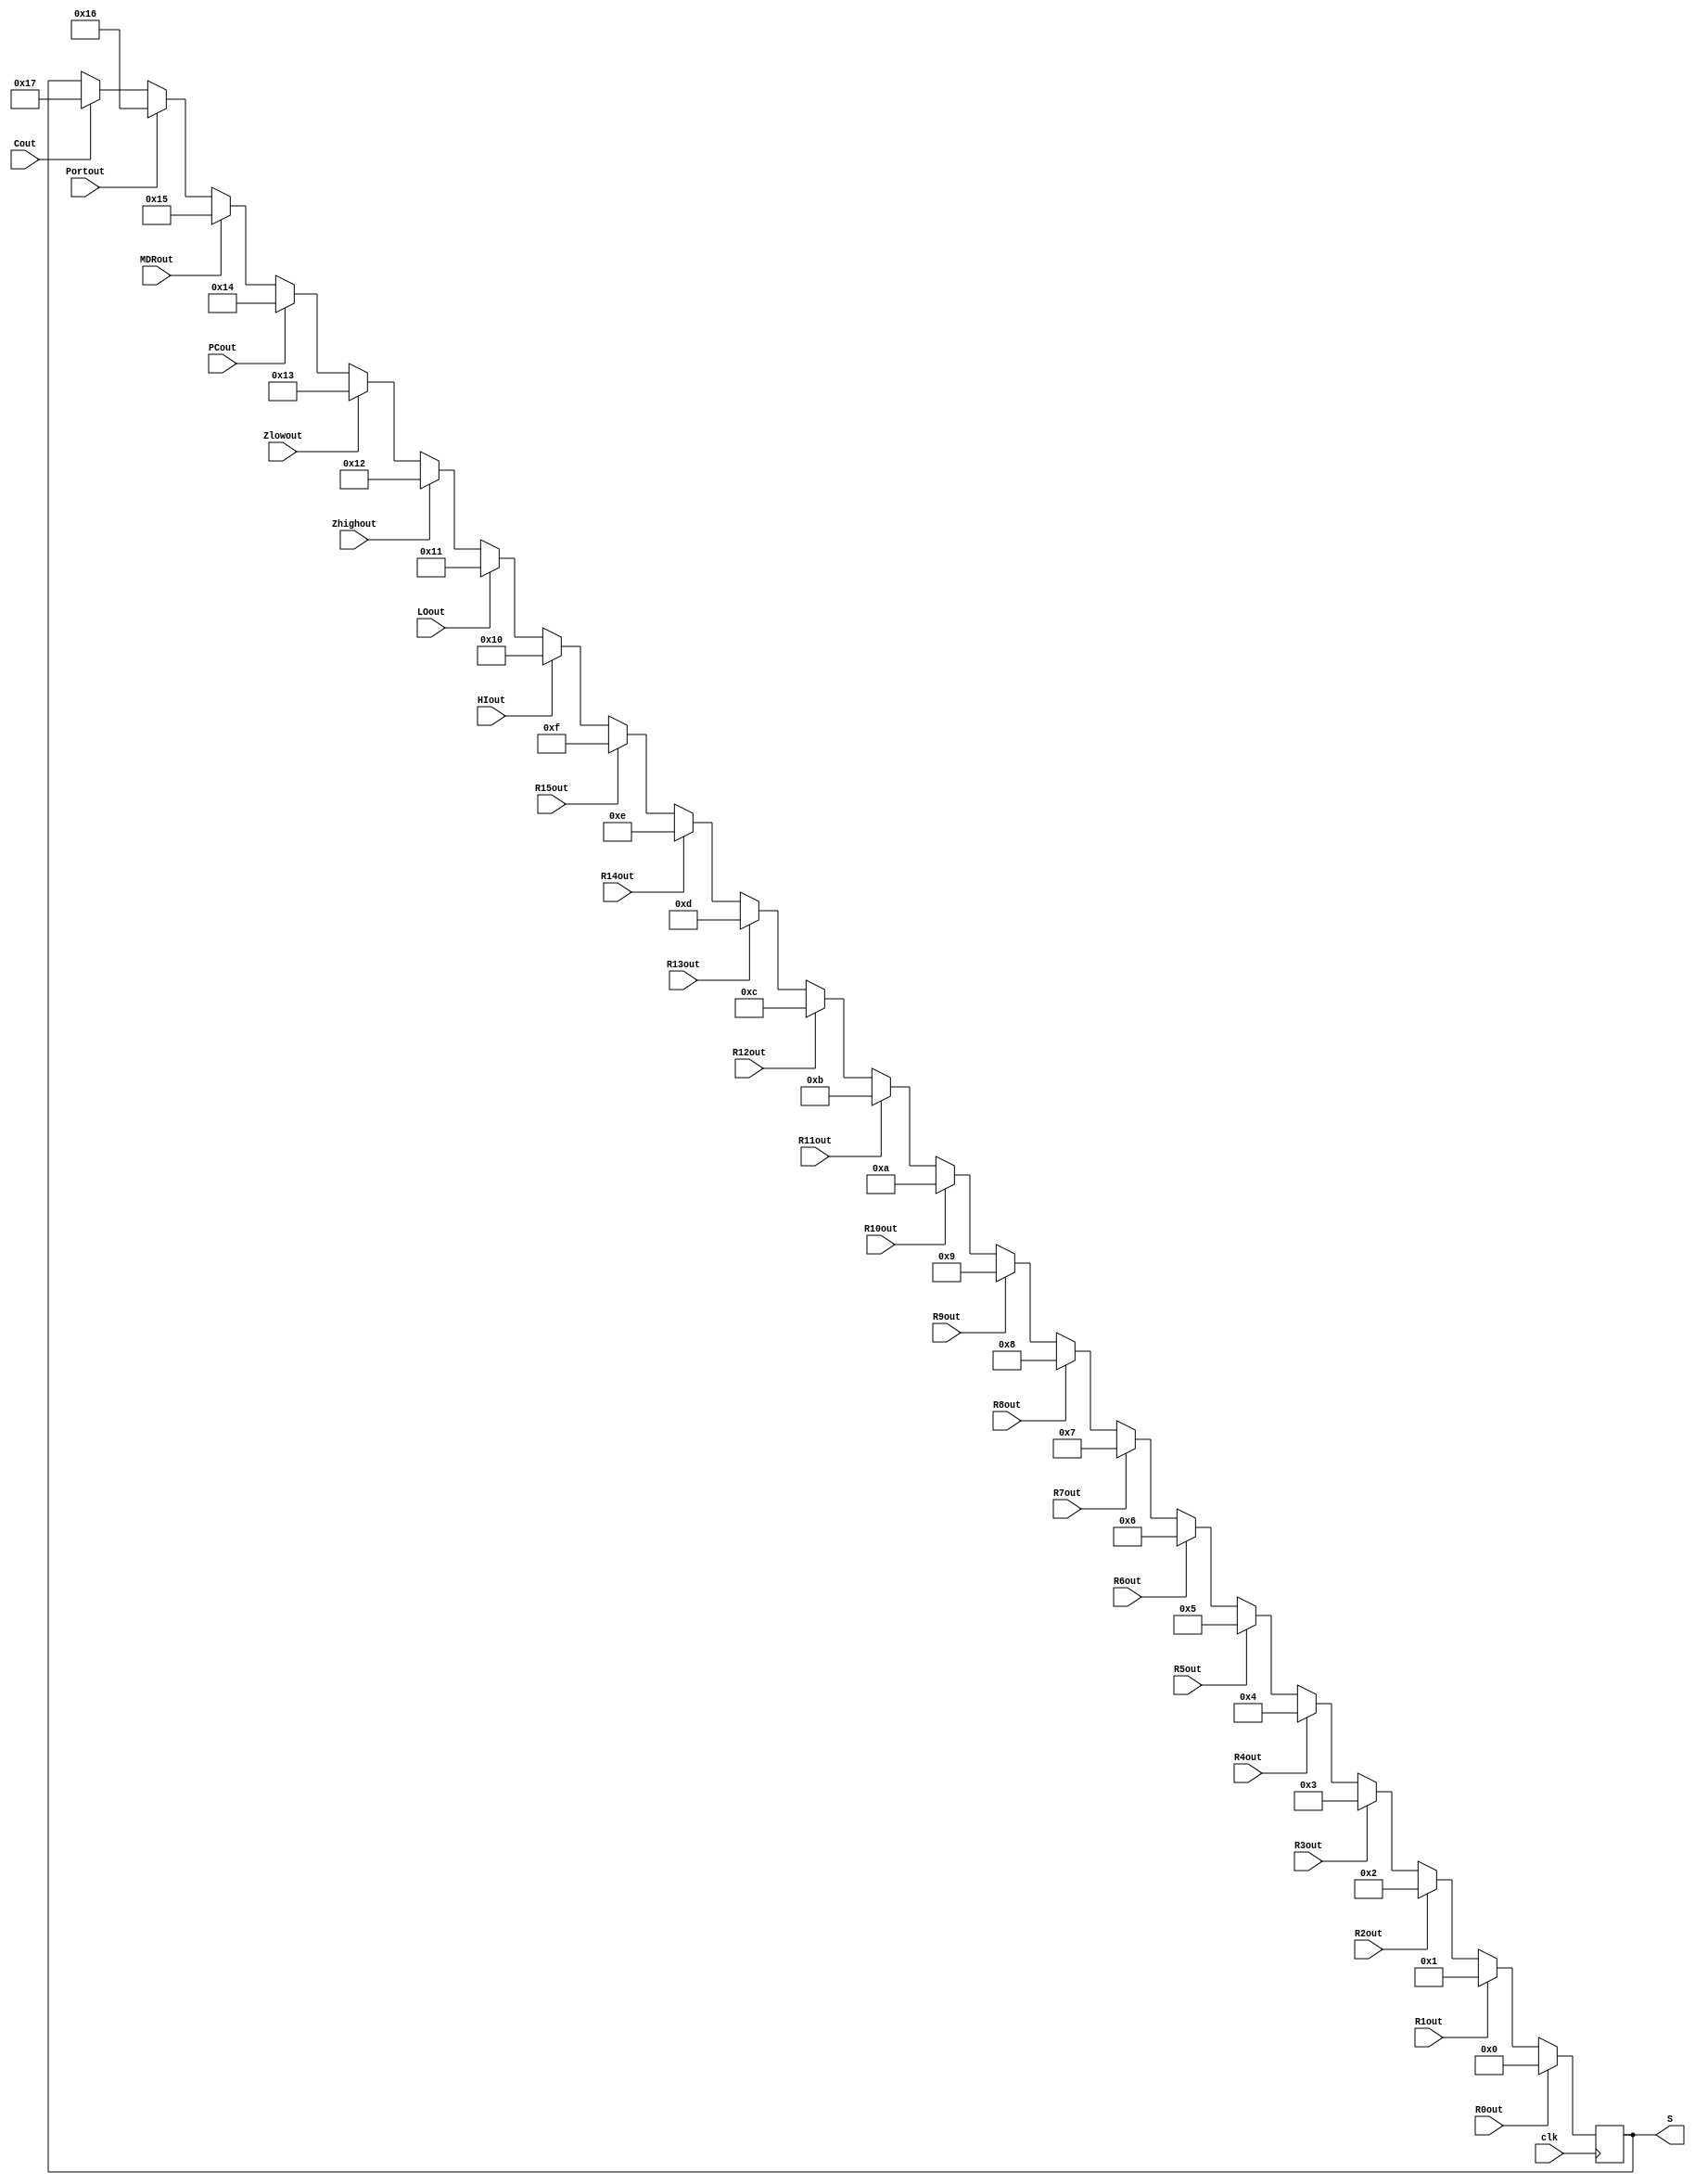
module encoder32_5(
	input R0out, R1out, R2out, R3out, R4out, R5out,
					R6out, R7out, R8out, R9out, R10out,
					R11out, R12out, R13out, R14out, R15out,
					HIout, LOout, Zhighout, Zlowout, PCout,
					MDRout, Portout, Cout, clk,
	output reg[4:0] S);

always @(posedge clk)
begin
	if(R0out==1'b1) begin
		S <= 5'b00000;
	end else if(R1out==1'b1) begin
		S <= 5'b00001;
	end else if(R2out==1'b1) begin
		S <= 5'b00010;
	end else if(R3out==1'b1) begin
		S <= 5'b00011;
	end else if(R4out==1'b1) begin
		S <= 5'b00100;
	end else if(R5out==1'b1) begin
		S <= 5'b00101;
	end else if(R6out==1'b1) begin
		S <= 5'b00110;
	end else if(R7out==1'b1) begin
		S <= 5'b00111;
	end else if(R8out==1'b1) begin
		S <= 5'b01000;
	end else if(R9out==1'b1) begin
		S <= 5'b01001;
	end else if(R10out==1'b1) begin
		S <= 5'b01010;
	end else if(R11out==1'b1) begin
		S <= 5'b01011;
	end else if(R12out==1'b1) begin
		S <= 5'b01100;
	end else if(R13out==1'b1) begin
		S <= 5'b01101;
	end else if(R14out==1'b1) begin
		S <= 5'b01110;
	end else if(R15out==1'b1) begin
		S <= 5'b01111;
	end else if(HIout==1'b1) begin
		S <= 5'b10000;
	end else if(LOout==1'b1) begin
		S <= 5'b10001;
	end else if(Zhighout==1'b1) begin
		S <= 5'b10010;
	end else if(Zlowout==1'b1) begin
		S <= 5'b10011;
	end else if(PCout==1'b1) begin
		S <= 5'b10100;
	end else if(MDRout==1'b1) begin
		S <= 5'b10101;
	end else if(Portout==1'b1) begin
		S <= 5'b10110;
	end else if(Cout==1'b1) begin
		S <= 5'b10111;
	end  
end
endmodule